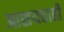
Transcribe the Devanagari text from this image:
आशयवाही